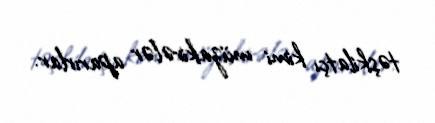
təşkilatçı kimi müzakirələr aparırlar.